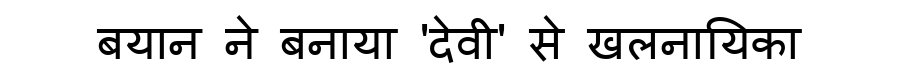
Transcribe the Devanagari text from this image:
बयान ने बनाया 'देवी' से खलनायिका